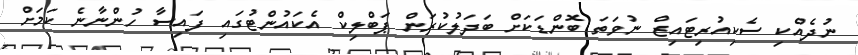
ނުދެއްކި ސެކިއުރިޓައިޒް ނުވަތަ ބޮންޑަކަށް ބަދަލުކުރަން ޕަބްލިކް އެކައުންޓުގައި ފައިސާ ހުންނާނެ ކަމަށް